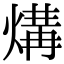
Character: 煹